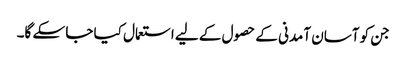
جن کو آسان آمدنی کے حصول کے لیے استعمال کیا جا سکے گا۔